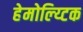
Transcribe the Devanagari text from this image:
हेमोल्य्टिक